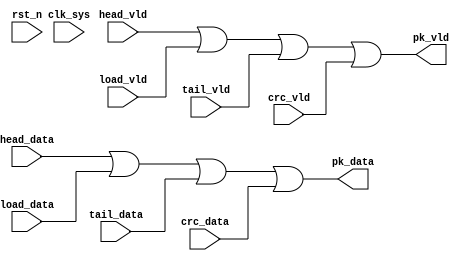
//pack_mux.v


module pack_mux (
pk_data,
pk_vld,
//data path
head_data,
head_vld,
load_data,
load_vld,
tail_data,
tail_vld,
crc_data,
crc_vld,
//clk rst
clk_sys,
rst_n
);
output [7:0]	pk_data;
output				pk_vld;
//data path
input [7:0]	head_data;
input				head_vld;
input [7:0]	load_data;
input				load_vld;
input [7:0]	tail_data;
input				tail_vld;
input [7:0]	crc_data;
input				crc_vld;
//clk rst
input clk_sys;
input rst_n;
//-----------------------------------------
//-----------------------------------------


wire [7:0]	pk_data;
wire				pk_vld;
assign pk_data = head_data | load_data | tail_data | crc_data;
assign pk_vld = head_vld | load_vld | tail_vld | crc_vld;


endmodule